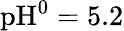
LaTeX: \textrm{pH}^{0}=5.2